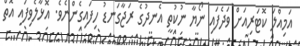
އަމިއްލަ ކޮޓަރިއަށް ވަދެފައި ނޯޔާ ނުކުތީ އެނދުގެ ރަޖާގަނޑު ހިފައިގެންނެވެ. އޮޅާލެވިފައި އޮތް